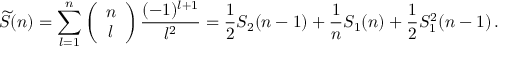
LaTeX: \widetilde { S } ( n ) = \sum _ { l = 1 } ^ { n } \left( \begin{array} { c } { { n } } \\ { { l } } \end{array} \right) \frac { ( - 1 ) ^ { l + 1 } } { l ^ { 2 } } = \frac { 1 } { 2 } S _ { 2 } ( n - 1 ) + \frac { 1 } { n } S _ { 1 } ( n ) + \frac { 1 } { 2 } S _ { 1 } ^ { 2 } ( n - 1 ) \, .